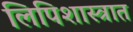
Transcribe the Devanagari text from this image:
लिपिशास्त्रात